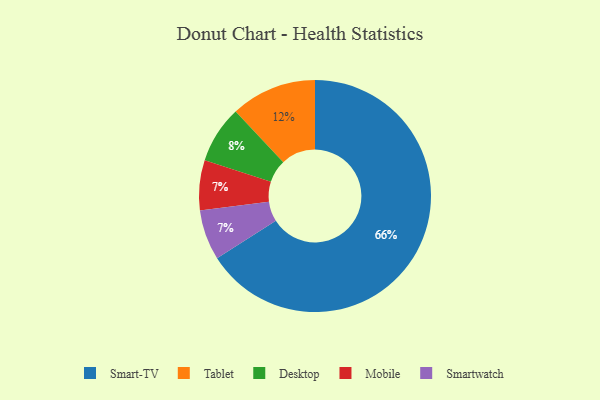
{"axis": {"x": "Category", "y": "Percentage"}, "legend": ["Desktop", "Mobile", "Smart-TV", "Smartwatch", "Tablet"], "data": [{"x": "Smart-TV", "y": 66, "type": "Smart-TV"}, {"x": "Tablet", "y": 12, "type": "Tablet"}, {"x": "Desktop", "y": 8, "type": "Desktop"}, {"x": "Mobile", "y": 7, "type": "Mobile"}, {"x": "Smartwatch", "y": 7, "type": "Smartwatch"}]}